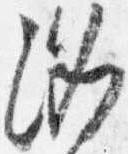
洛